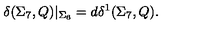
\delta ( \Sigma _ { 7 } , Q ) | _ { \Sigma _ { 6 } } = d \delta ^ { 1 } ( \Sigma _ { 7 } , Q ) .